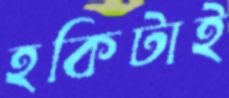
হকিটাই